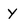
Character: y